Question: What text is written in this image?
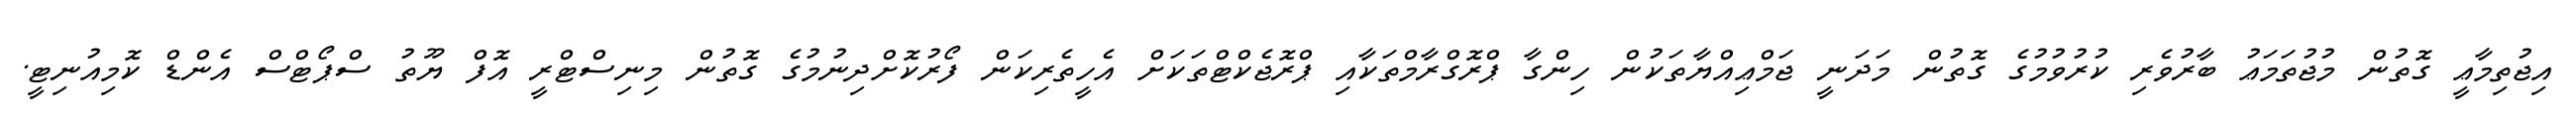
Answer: އިޖުތިމާޢީ ގޮތުން މުޖުތަމަޢު ބާރުވެރި ކުރުވުމުގެ ގޮތުން މަދަނީ ޖަމްޢިއްޔާތަކުން ހިންގާ ޕްރޮގްރާމްތަކާއި ޕްރޮޖެކްޓްތަކަށް އެހީތެރިކަން ފޯރުކޮށްދިނުމުގެ ގޮތުން މިނިސްޓްރީ އޮފް ޔޫތު ސްޕޯޓްސް އެންޑް ކޮމިއުނިޓީ.